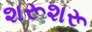
શરૂશરૂ